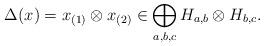
LaTeX: \begin{align*}\Delta(x) = x_{(1)}\otimes x_{(2)} \in \bigoplus_{a,b,c} H_{a,b} \otimes H_{b,c}.\end{align*}